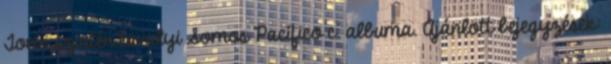
Town szintén tavalyi Somos Pacífico c. albuma. Ajánlott bejegyzések: